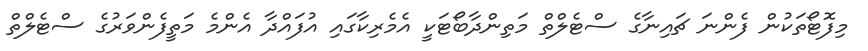
މިފޮޓޯތަކުން ފެންނަ ޗައިނާގެ ސްޓެލްތް މަތިންދާބޯޓަކީ އެމެރިކާގައި އުފައްދާ އެންމެ މަތީފެންވަރުގެ ސްޓެލްތް